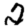
Digit: 2